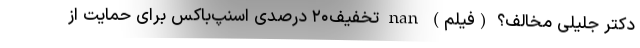
دکتر جلیلی مخالف؟ (فیلم) nan تخفیف۲۰ درصدی اسنپ‌باکس برای حمایت از